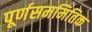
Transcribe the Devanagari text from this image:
पूर्णसममितिक